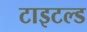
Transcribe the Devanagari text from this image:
टाइटल्ड